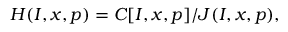
H ( I , x , p ) = C [ I , x , p ] / J ( I , x , p ) ,